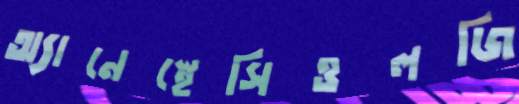
অ্যানেস্থেসিওলজি